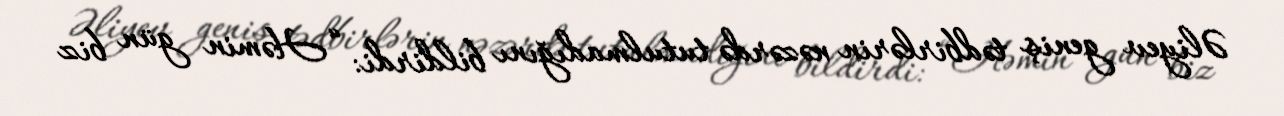
Əliyev geniş tədbirlərin nəzərdə tutulmadığını bildirdi: “Həmin gün biz